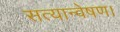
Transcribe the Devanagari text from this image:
सत्यान्वेषण।